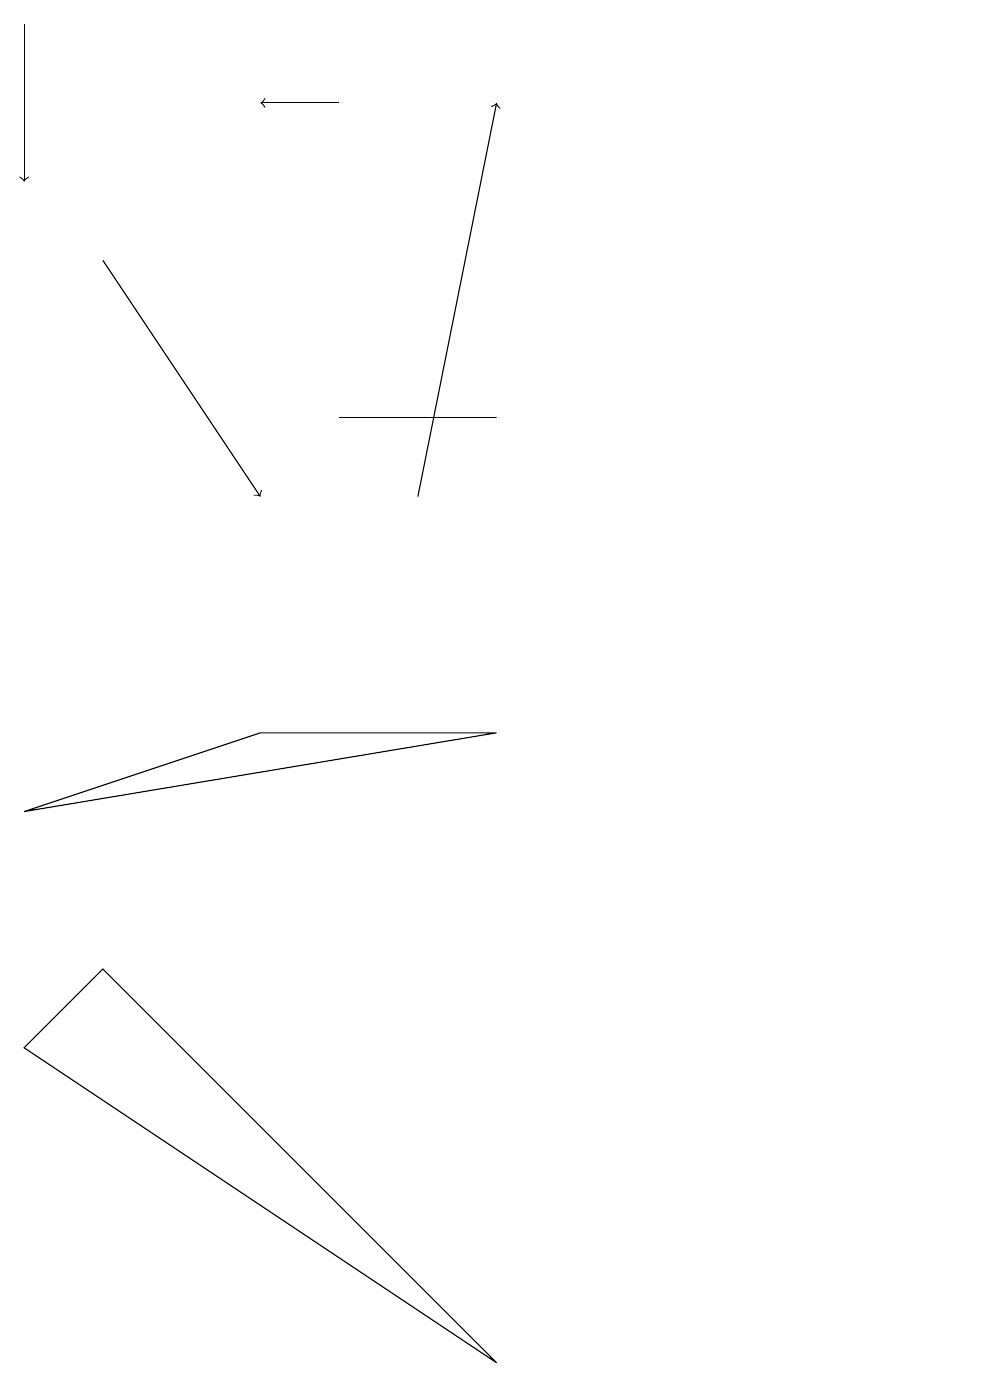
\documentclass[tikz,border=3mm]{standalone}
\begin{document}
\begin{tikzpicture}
\draw (0,5) -- (1,6) -- (6,1) -- cycle;
\draw (6,9) -- (0,8) -- (3,9) -- cycle;
\draw[->] (5,12) -- (6,17);
\draw (12,11) circle (0);
\draw[->] (4,17) -- (3,17);
\draw (6,13) rectangle (4,13);
\draw[->] (0,18) -- (0,16);
\draw[->] (1,15) -- (3,12);
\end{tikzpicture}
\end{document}